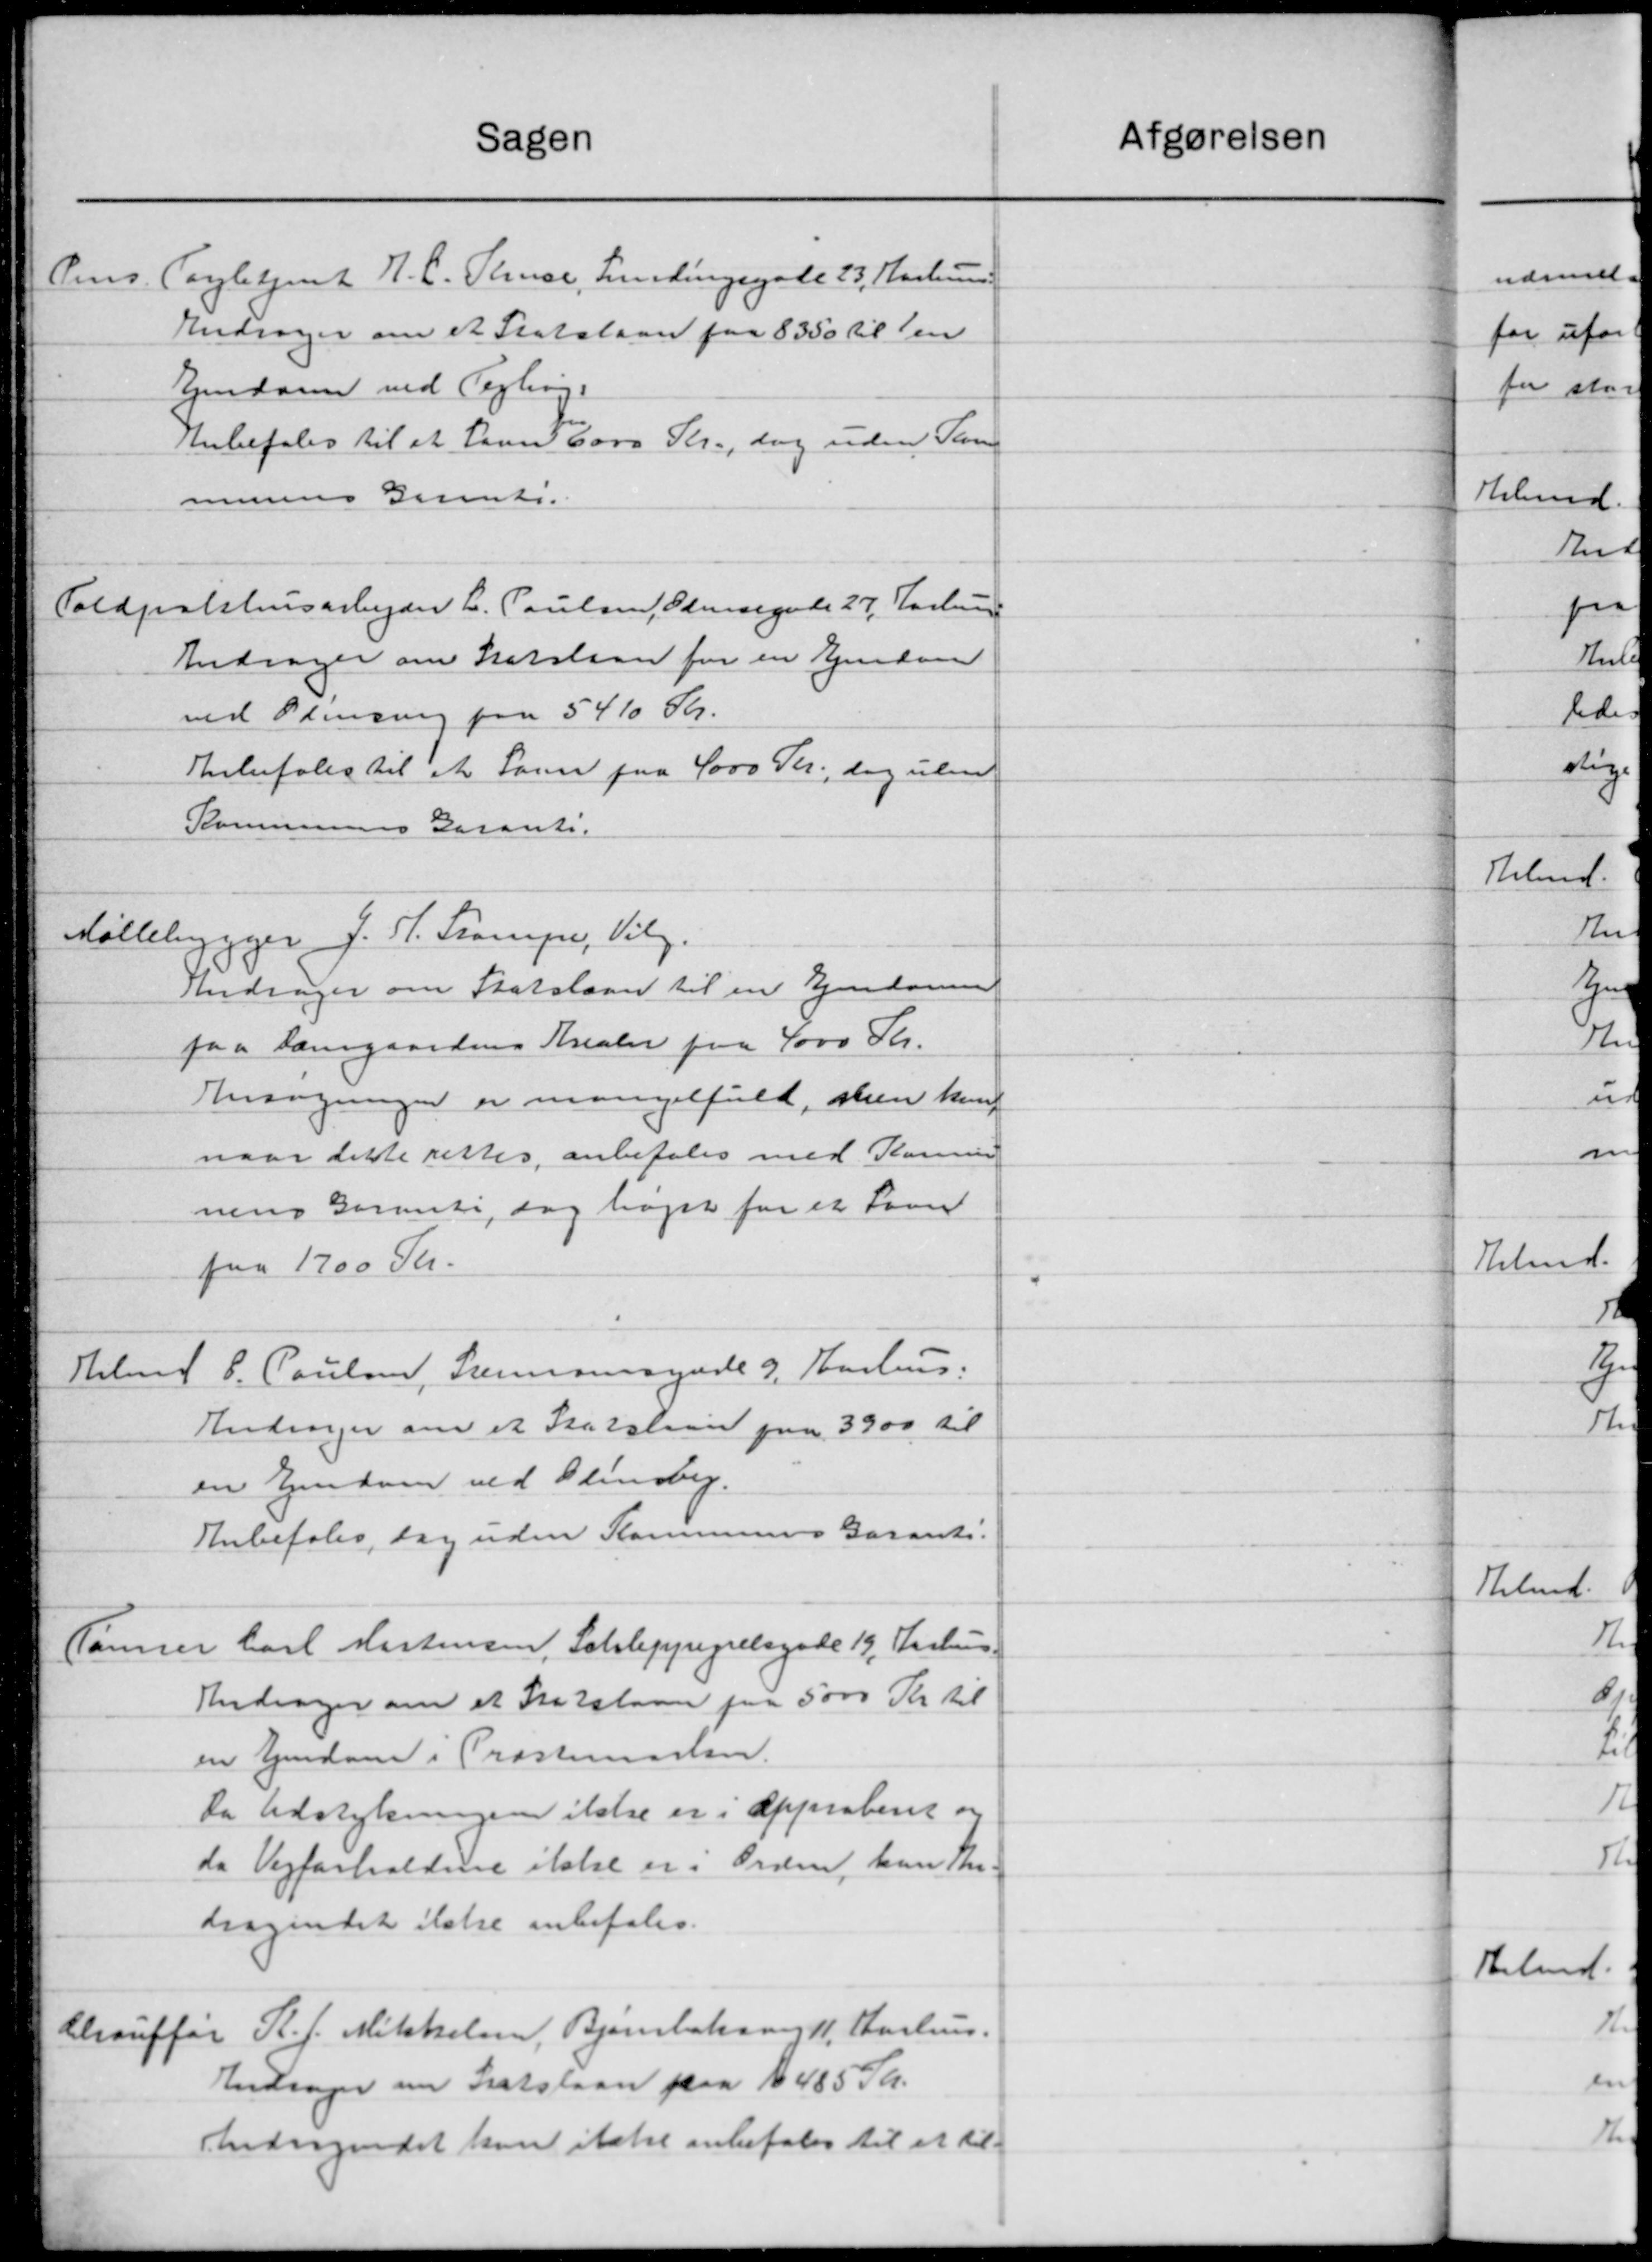
Transskription:
Sagen
Oens. Torbetjent H. C. Thuise, Lindingsgade 23, Aarhus
Andrager om et Statslaan paa 8350 til en
Ejendom ved Tegning.
Anbefales til at havn 6000 Kr., dog uden Kom
munens Grund.
Toldpalshusarbejder C. Poulsen, Odensegade 27, Aarhus
Andrager om Statslaan for en Ejendom
ved Flinding paa 5410 Kr.
Anbefales til et Sag paa 4000 Kr., dog uden
Kommunens Garanti.
Møllebygger J. P. Trampe, Vilg.
Andrager om Statslaan til en Ejendomme
paa Damgaardens Arealer paa 4000 Kr.
Ansøgningen er mangelfuld, alen kund
naar dette rettes, anbefales med Komun
nens Garanti, dog højst for et Laan
paa 1700 Kr.
Hilma C. Poulsen, Stemmesynde 9, Aarhus:
Andrager om et Statslaan paa 3900 til
en Ejendom ved Olensby.
Anbefales, dog uden Kommunens Garanti.
Tømrer Carl Mortensen, Schleppegrelsgade 19, Aarhus-
Andrager om et Statslaan paa 5000 Kr. til
en Ejendom i Præstenssten.
Da Udstykningen ikke er i Approberet og
da Vejforholdene ikke er i Orden, han Th.
dragendet ikke anbefales.
Herauffør R. J. Mikkelsen, Bjarnbohave 11, Aarhus.
Andsager om Statslaan paa 1485 Sk.
Undragendet kan ikke anbefales til at til-